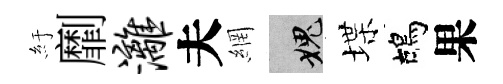
紆劘漓夫網愧堞鴣果